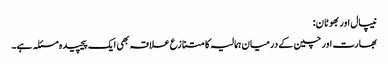
نیپال اور بھوٹان:
بھارت اور چین کے درمیان ہمالیہ کا متنازع علاقہ بھی ایک پیچیدہ مسئلہ ہے۔